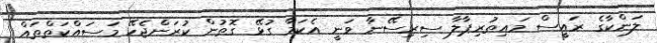
ލަންކާގެ ރައީސް މައިތުރިޕާލާ ސިރިސޭނާ ވަނީ އެކަމާ ގުޅޭ ގޮތުން ކުރަންޖެހޭ މަސައްކަތްތައް